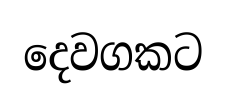
දෙවගකට